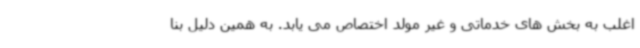
اغلب به بخش های خدماتی و غیر مولد اختصاص می یابد. به همین دلیل بنا